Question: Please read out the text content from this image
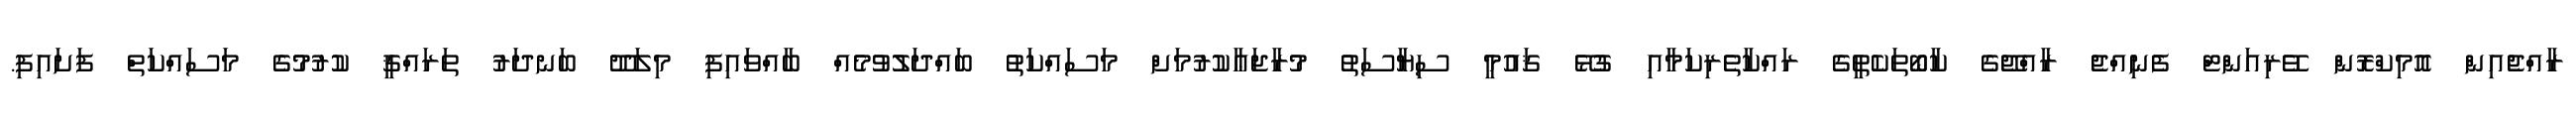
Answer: ރާއްޖެއިން އޮމިކްރޮން ވޭރިއަންޓް ފެނިއްޖެ ރާއްޖޭގެ ކާބޯތަކެތީގެ ރައްކާތެރިކަމާއި ގުޅޭ ޤައުމީ ސިޔާސަތު މުރާޖަޢާކުރުމަށް މަސައްކަތު ބައްދަލުވުމެއް ބާއްވައިފި މިލަދޫ ބަނދަރު ތަރައްޤީ ކުރުމުގެ މަސައްކަތް ފަށައިފި.